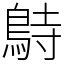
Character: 𪀔